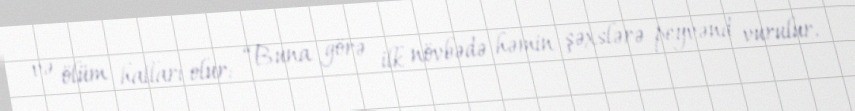
və ölüm halları olur: “Buna görə ilk növbədə həmin şəxslərə peyvənd vurulur.